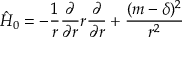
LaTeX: \hat { H } _ { 0 } = - { \frac { 1 } { r } } { \frac { \partial } { \partial r } } r { \frac { \partial } { \partial r } } + { \frac { ( m - \delta ) ^ { 2 } } { r ^ { 2 } } }